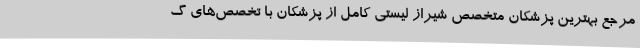
مرجع بهترین پزشکان متخصص شیراز لیستی کامل از پزشکان با تخصص‌های گ